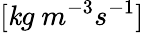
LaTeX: [\mathit{k}g\ m^{-3}s^{-1}]